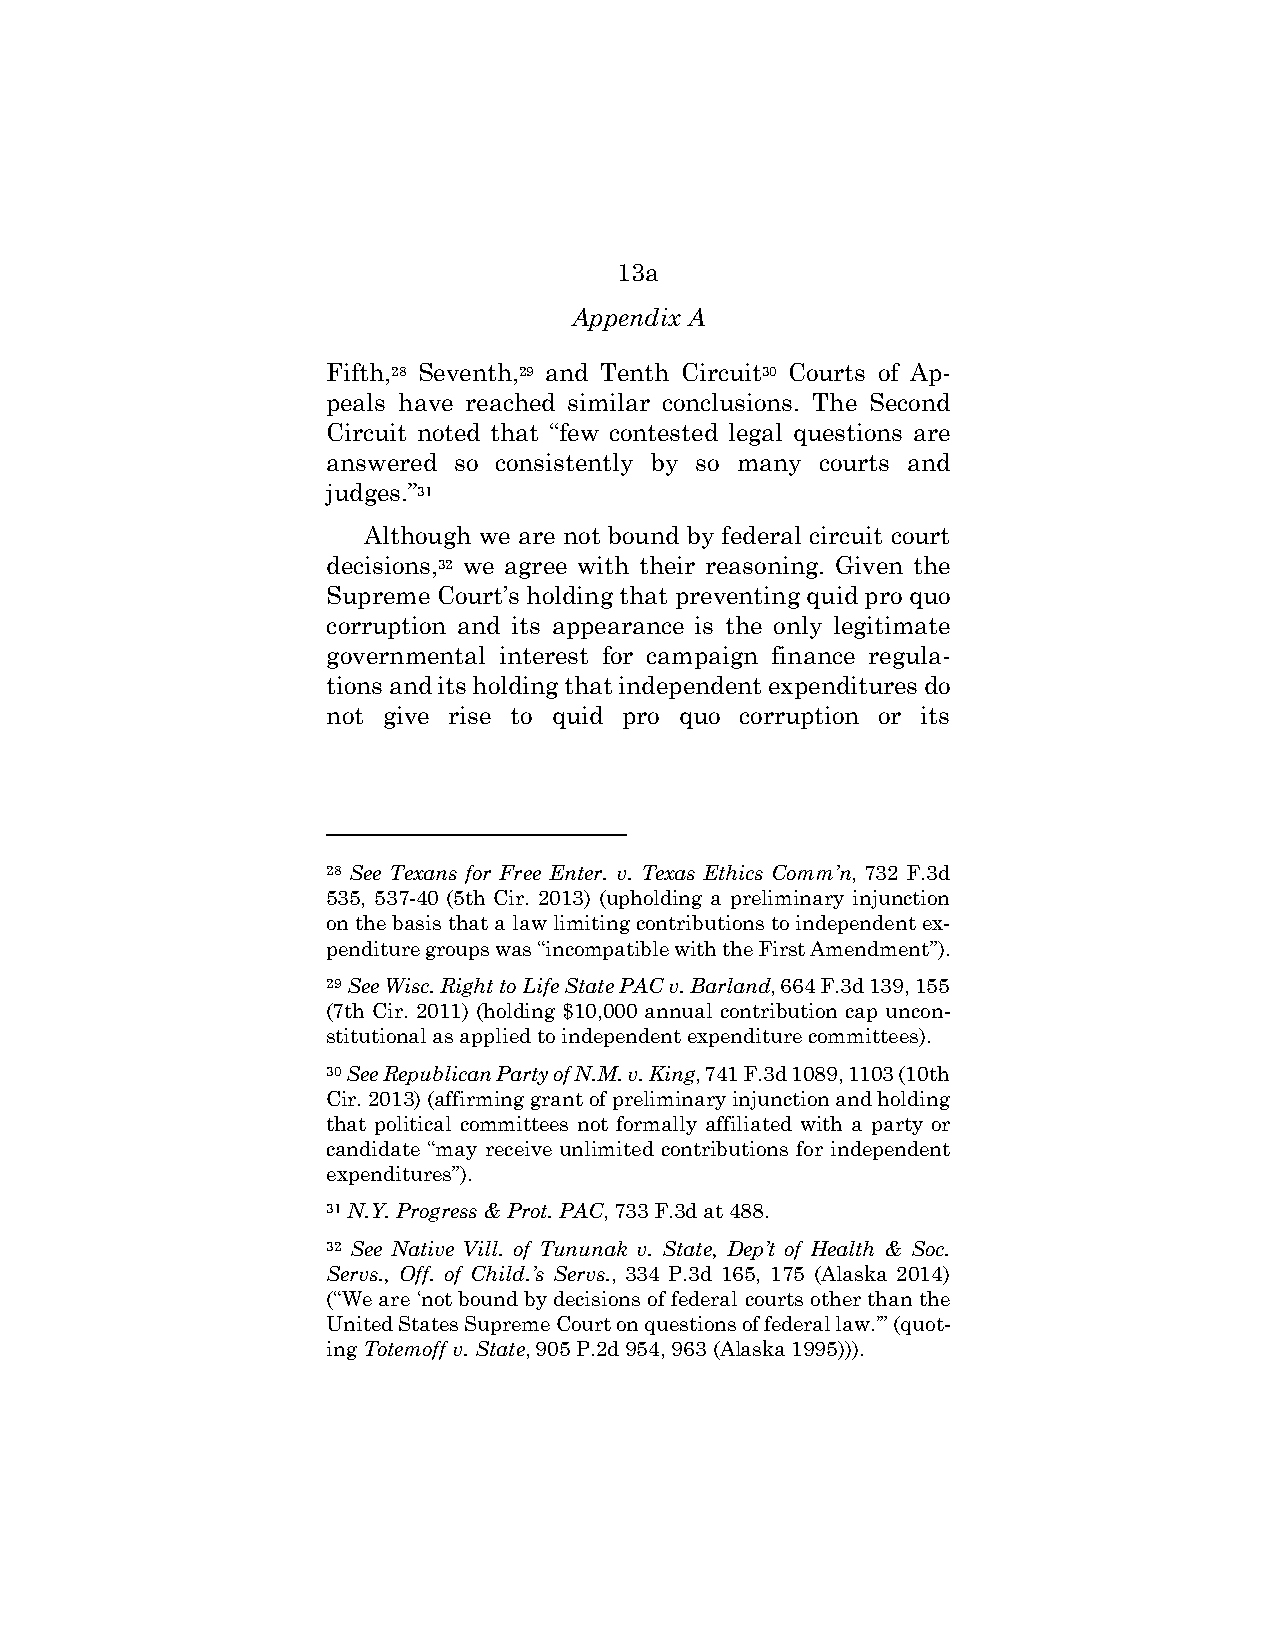
13a
 Appendix A
 Fifth,28 Seventh,29 and Tenth Circuit30 Courts of Ap-
 peals have reached similar conclusions. The Second
 Circuit noted that “few contested legal questions are
 answered so consistently by so many courts and
 judges.”31
 Although we are not bound by federal circuit court
 decisions,32 we agree with their reasoning. Given the
 Supreme Court’s holding that preventing quid pro quo
 corruption and its appearance is the only legitimate
 governmental interest for campaign finance regula-
 tions and its holding that independent expenditures do
 not give rise to quid pro quo corruption or its
 28 See Texans for Free Enter. v. Texas Ethics Comm’n, 732 F.3d
 535, 537-40 (5th Cir. 2013) (upholding a preliminary injunction
 on the basis that a law limiting contributions to independent ex-
 penditure groups was “incompatible with the First Amendment”).
 29 See Wisc. Right to Life State PAC v. Barland, 664 F.3d 139, 155
 (7th Cir. 2011) (holding $10,000 annual contribution cap uncon-
 stitutional as applied to independent expenditure committees).
 30 See Republican Party of N.M. v. King, 741 F.3d 1089, 1103 (10th
 Cir. 2013) (affirming grant of preliminary injunction and holding
 that political committees not formally affiliated with a party or
 candidate “may receive unlimited contributions for independent
 expenditures”).
 31 N.Y. Progress & Prot. PAC, 733 F.3d at 488.
 32 See Native Vill. of Tununak v. State, Dep’t of Health & Soc.
 Servs., Off. of Child.’s Servs., 334 P.3d 165, 175 (Alaska 2014)
 (“We are ‘not bound by decisions of federal courts other than the
 United States Supreme Court on questions of federal law.’” (quot-
 ing Totemoff v. State, 905 P.2d 954, 963 (Alaska 1995))).